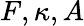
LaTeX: F,\kappa,A